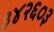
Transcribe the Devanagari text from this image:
३४२६०३